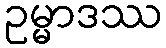
ဥမ္မာဒဿ